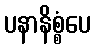
ပနာနိစ္စံပေ